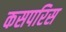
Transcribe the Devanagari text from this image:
कसपरिस